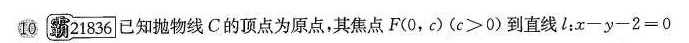
10 霸21836已知抛物线C的顶点为原点，其焦点F(0，c)($$c ≥ 0$$)到直线l：$$x - y - 2 = 0$$